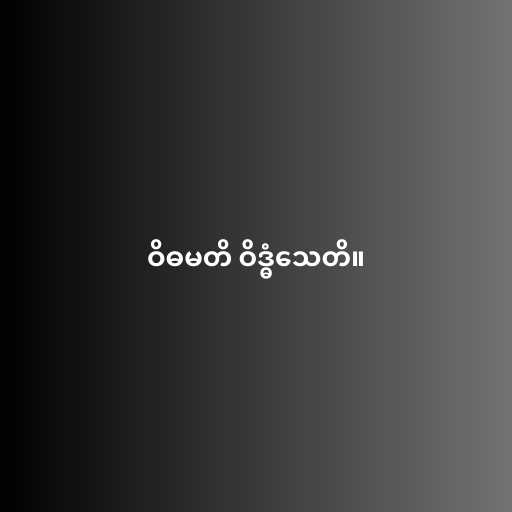
ဝိဓမတိ ဝိဒ္ဓံသေတိ။